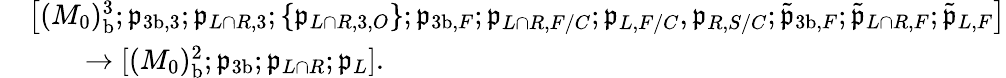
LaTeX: \begin{array}{rl}&{\bigl[(M_{0})_{\mathrm{b}}^{3};\mathfrak{p}_{{3\mathrm{b}},3};\mathfrak{p}_{L\cap R,3};\{ \mathfrak{p}_{L\cap R,3,O}\} ;\mathfrak{p}_{{3\mathrm{b}},F};\mathfrak{p}_{L\cap R,F/C};\mathfrak{p}_{L,F/C},\mathfrak{p}_{R,S/C};\tilde{\mathfrak{p}}_{{3\mathrm{b}},F};\tilde{\mathfrak{p}}_{L\cap R,F};\tilde{\mathfrak{p}}_{L,F}\bigr]}\\ &{\qquad\to[(M_{0})_{\mathrm{b}}^{2};\mathfrak{p}_{3\mathrm{b}};\mathfrak{p}_{L\cap R};\mathfrak{p}_{L}].}\end{array}